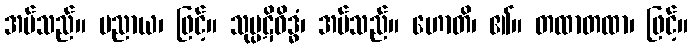
အပ်သည်။ ပညာယ၊ ဖြင့်။ သုပ္ပဋိဝိဒ္ဓံ၊ အပ်သည်။ ဟောတိ၊ ၏။ တထာတထာ၊ ဖြင့်။